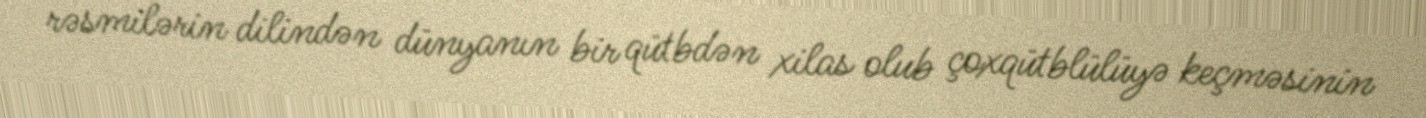
rəsmilərin dilindən dünyanın bir qütbdən xilas olub çoxqütblülüyə keçməsinin